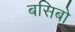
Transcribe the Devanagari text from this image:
बसिबो